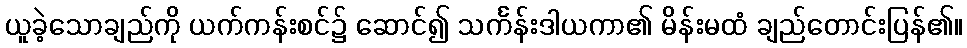
ယူခဲ့သောချည်ကို ယက်ကန်းစင်၌ ဆောင်၍ သင်္ကန်းဒါယကာ၏ မိန်းမထံ ချည်တောင်းပြန်၏။